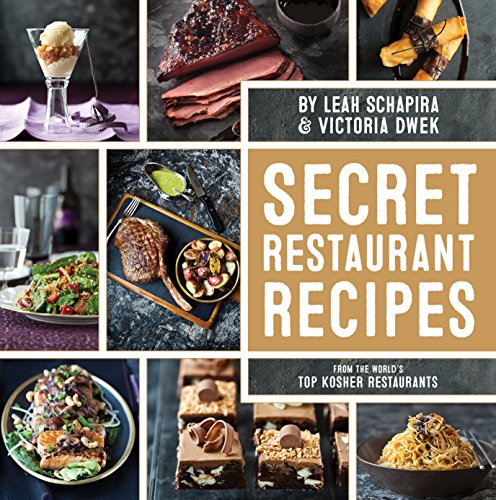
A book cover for Secret Restaurant Recipes From the World's Top Kosher Restaurants; Leah Schapira; Cookbooks, Food & Wine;